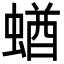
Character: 蝤